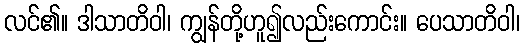
လင်၏။ ဒါသာတိဝါ၊ ကျွန်တို့ဟူ၍လည်းကောင်း။ ပေသာတိဝါ၊